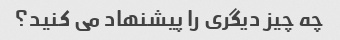
چه چیز دیگری را پیشنهاد می کنید؟